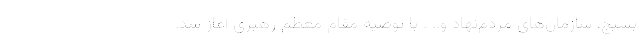
بسیج، سازمان‌های مردم‌نهاد و.. . با توصیه مقام معظم رهبری آغاز شد.